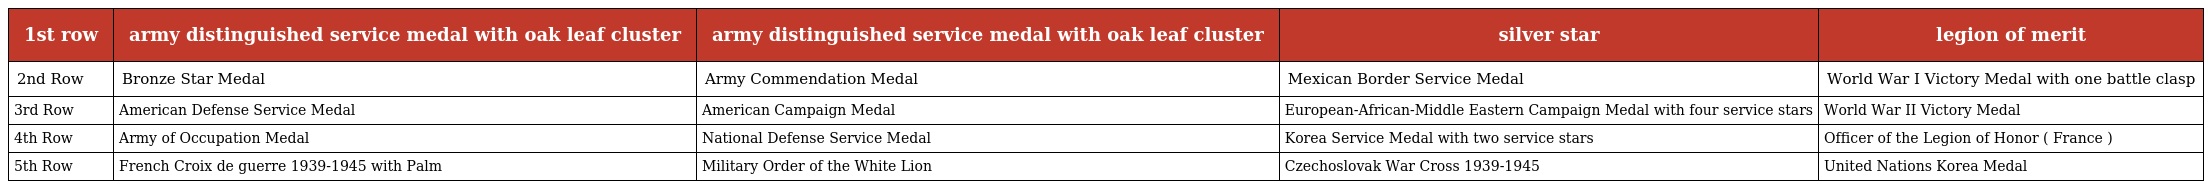
| 1st row | army distinguished service medal with oak leaf cluster | army distinguished service medal with oak leaf cluster | silver star | legion of merit |
 | --- | --- | --- | --- | --- |
 | 2nd Row | Bronze Star Medal | Army Commendation Medal | Mexican Border Service Medal | World War I Victory Medal with one battle clasp |
 | 3rd Row | American Defense Service Medal | American Campaign Medal | European-African-Middle Eastern Campaign Medal with four service stars | World War II Victory Medal |
 | 4th Row | Army of Occupation Medal | National Defense Service Medal | Korea Service Medal with two service stars | Officer of the Legion of Honor ( France ) |
 | 5th Row | French Croix de guerre 1939-1945 with Palm | Military Order of the White Lion | Czechoslovak War Cross 1939-1945 | United Nations Korea Medal |